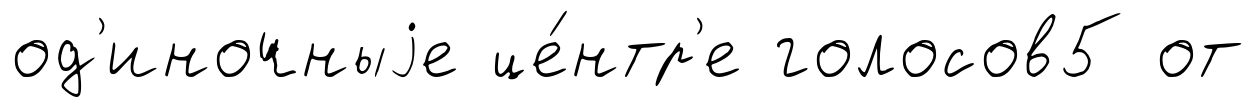
од'иночныjе це́нтр'е голосов5 от